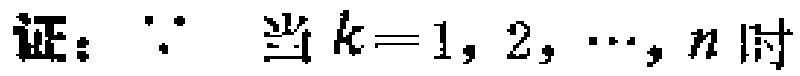
证：$\because$ 当 $k = 1,2,\cdots,n$ 时